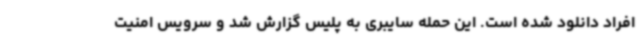
افراد دانلود شده است. این حمله سایبری به پلیس گزارش شد و سرویس امنیت